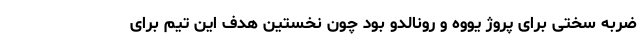
ضربه سختی برای پروژ یووه و رونالدو بود چون نخستین هدف این تیم برای